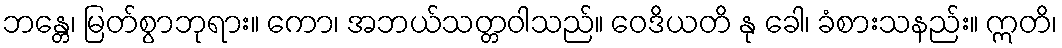
ဘန္တေ၊ မြတ်စွာဘုရား။ ကော၊ အဘယ်သတ္တဝါသည်။ ဝေဒိယတိ နု ခေါ၊ ခံစားသနည်း။ ဣတိ၊